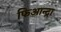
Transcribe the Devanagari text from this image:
फिआन्द्रा